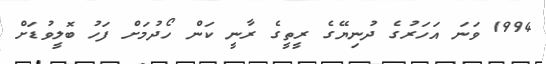
1994 ވަނަ އަހަރުގެ ދުނިޔޭގެ ރީތީގެ ރާނީ ކަން ހޯދުމަށް ފަހު ބޮލީވުޑަށް